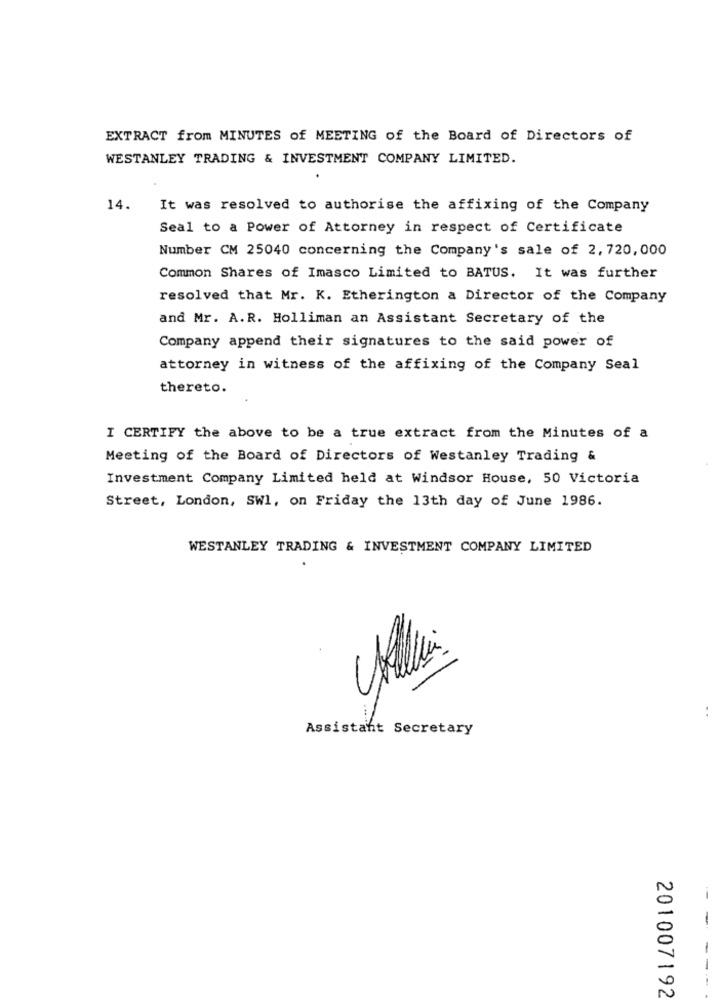
EXTRACT from MINUTES of MEETING of the Board of Directors of
WESTANLEY TRADING & INVESTMENT COMPANY LIMITED.
14.
It was resolved to authorise the affixing of the Company
Seal to a Power of Attorney in respect of Certificate
Number CM 25040 concerning the Company's sale of 2, 720,000
Common Shares of Imasco Limited to BATUS. It was further
resolved that Mr. K. Etherington a Director of the Company
and Mr. A.R. Holliman an Assistant Secretary of the
Company append their signatures to the said power of
attorney in witness of the affixing of the Company Seal
thereto.
I CERTIFY the above to be a true extract from the Minutes of a
Meeting of the Board of Directors of Westanley Trading &
Investment Company Limited held at Windsor House, 50 Victoria
Street, London, SWl, on Friday the 13th day of June 1986.
WESTANLEY TRADING & INVESTMENT COMPANY LIMITED
..
Assistant Secretary
-
----.
201007192